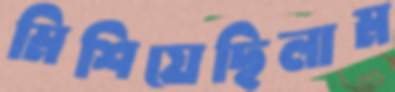
মিশিয়েছিলাম